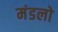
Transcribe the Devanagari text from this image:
मंडलो